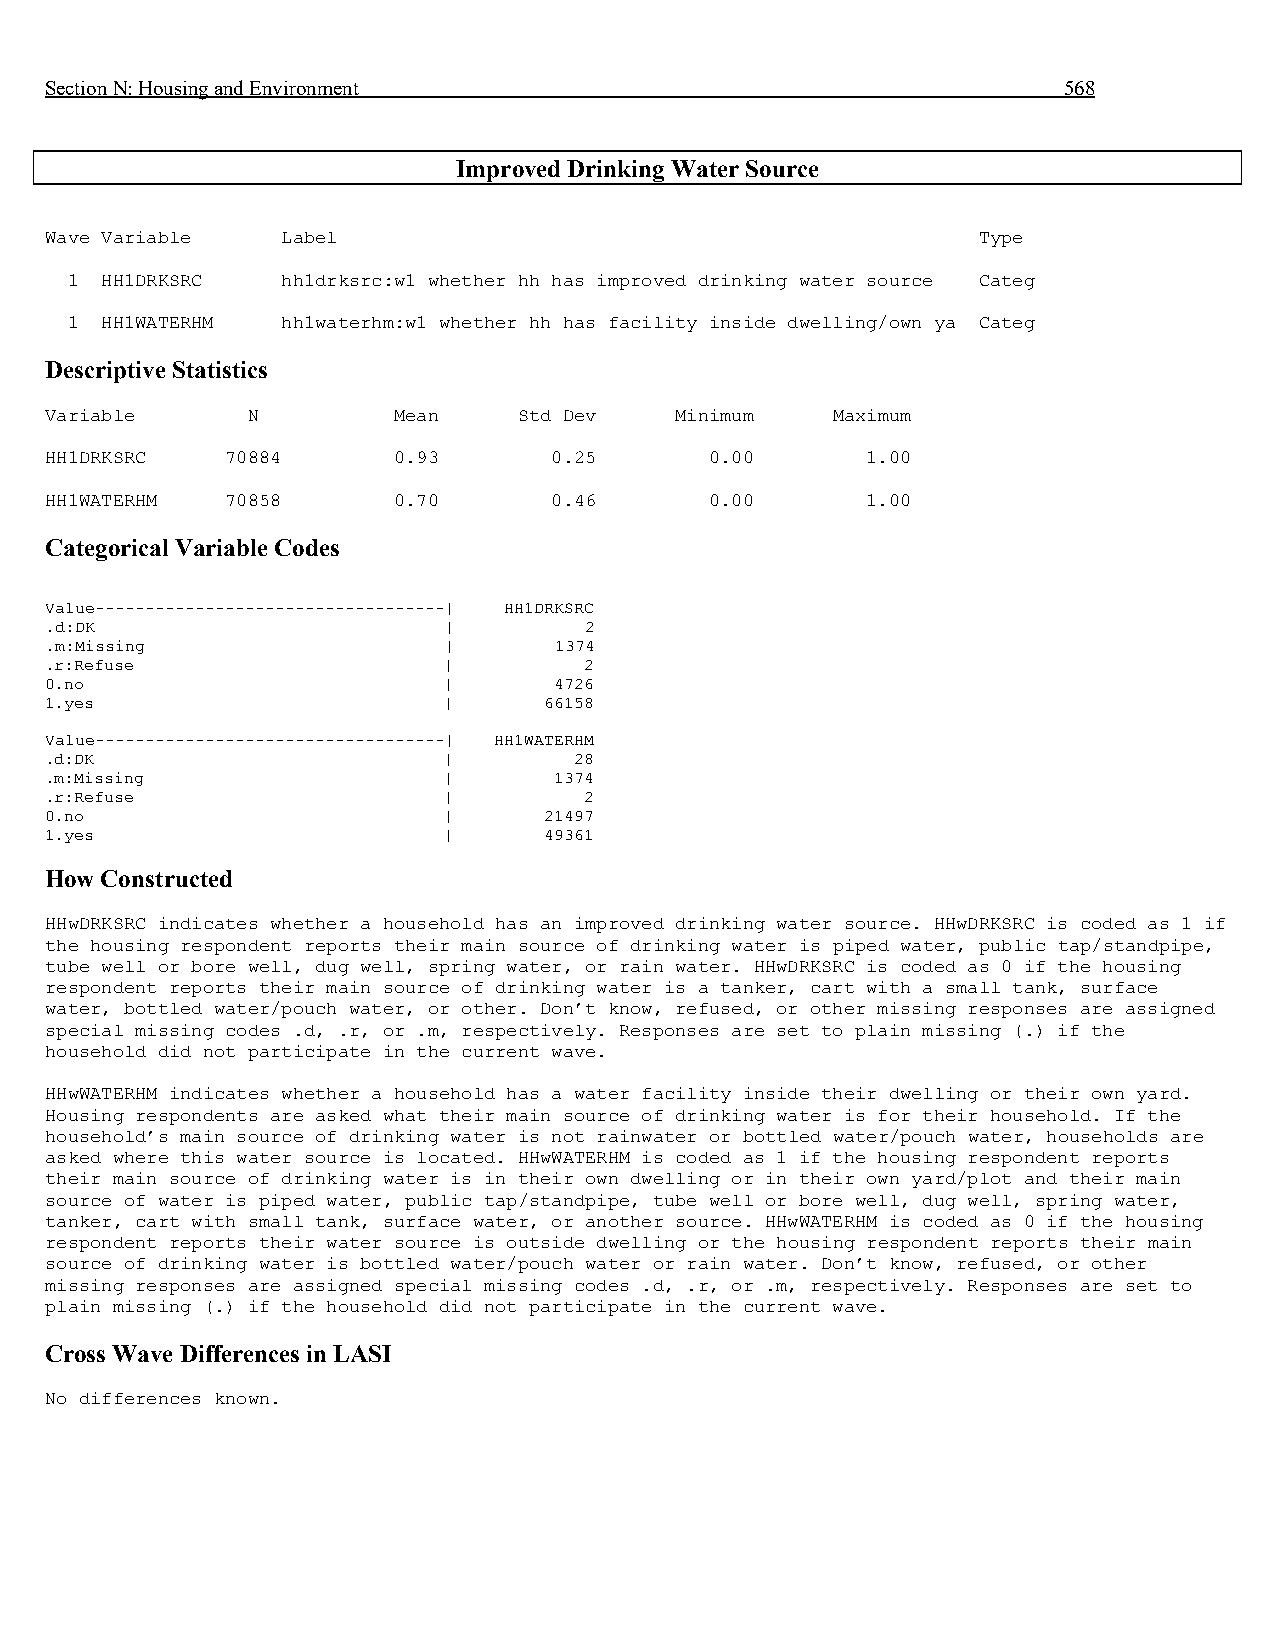
Section N: Housing and Environment                                 568
 Improved Drinking Water Source
 Wave Variable   Label                                         Type
 1  HH1DRKSRC   hh1drksrc:w1 whether hh has improved drinking water source Categ
 1  HH1WATERHM  hh1waterhm:w1 whether hh has facility inside dwelling/own ya Categ
 Descriptive Statistics
 Variable     N         Mean    Std Dev    Minimum   Maximum
 HH1DRKSRC   70884      0.93      0.25       0.00      1.00
 HH1WATERHM  70858      0.70      0.46       0.00      1.00
 Categorical Variable Codes
 Value-----------------------------------| HH1DRKSRC
 .d:DK                     |         2
 .m:Missing                |       1374
 .r:Refuse                 |         2
 0.no                      |       4726
 1.yes                     |      66158
 Value-----------------------------------| HH1WATERHM
 .d:DK                     |        28
 .m:Missing                |       1374
 .r:Refuse                 |         2
 0.no                      |      21497
 1.yes                     |      49361
 How Constructed
 HHwDRKSRC indicates whether a household has an improved drinking water source. HHwDRKSRC is coded as 1 if
 the housing respondent reports their main source of drinking water is piped water, public tap/standpipe,
 tube well or bore well, dug well, spring water, or rain water. HHwDRKSRC is coded as 0 if the housing
 respondent reports their main source of drinking water is a tanker, cart with a small tank, surface
 water, bottled water/pouch water, or other. Don’t know, refused, or other missing responses are assigned
 special missing codes .d, .r, or .m, respectively. Responses are set to plain missing (.) if the
 household did not participate in the current wave.
 HHwWATERHM indicates whether a household has a water facility inside their dwelling or their own yard.
 Housing respondents are asked what their main source of drinking water is for their household. If the
 household’s main source of drinking water is not rainwater or bottled water/pouch water, households are
 asked where this water source is located. HHwWATERHM is coded as 1 if the housing respondent reports
 their main source of drinking water is in their own dwelling or in their own yard/plot and their main
 source of water is piped water, public tap/standpipe, tube well or bore well, dug well, spring water,
 tanker, cart with small tank, surface water, or another source. HHwWATERHM is coded as 0 if the housing
 respondent reports their water source is outside dwelling or the housing respondent reports their main
 source of drinking water is bottled water/pouch water or rain water. Don’t know, refused, or other
 missing responses are assigned special missing codes .d, .r, or .m, respectively. Responses are set to
 plain missing (.) if the household did not participate in the current wave.
 Cross Wave Differences in LASI
 No differences known.